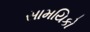
સામયિકો